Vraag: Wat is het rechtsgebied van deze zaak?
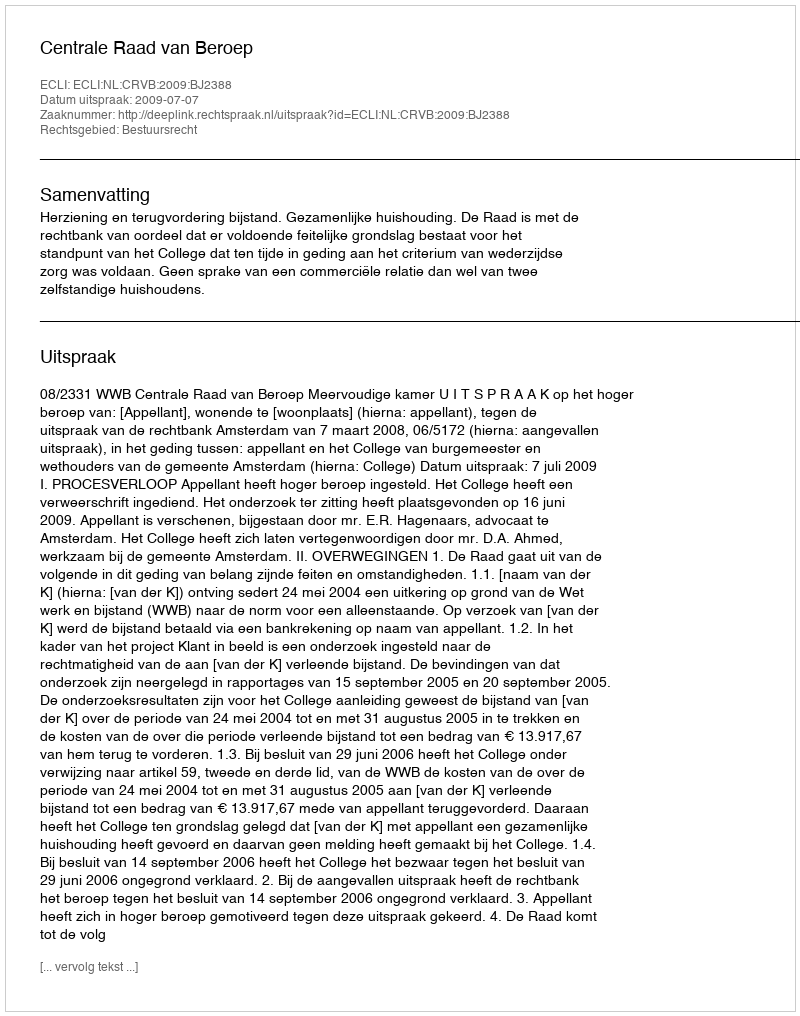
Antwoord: Bestuursrecht